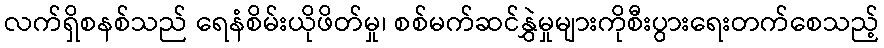
လက်ရှိစနစ်သည် ရေနံစိမ်းယိုဖိတ်မှု၊ စစ်မက်ဆင်နွှဲမှုများကိုစီးပွားရေးတက်စေသည့်